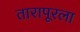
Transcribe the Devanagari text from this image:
तारापूरला